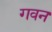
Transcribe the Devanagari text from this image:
गवन